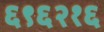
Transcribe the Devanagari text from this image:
६९६२१६